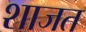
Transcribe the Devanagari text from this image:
शाजत